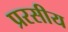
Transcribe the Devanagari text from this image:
प्ररसीय